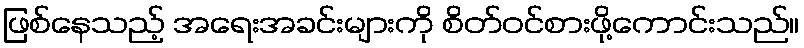
ဖြစ်နေသည့် အရေးအခင်းများကို စိတ်ဝင်စားဖို့ကောင်းသည်။